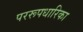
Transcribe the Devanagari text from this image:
पररूपधारिका